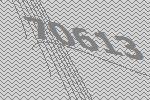
70613